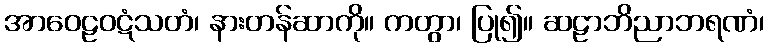
အာဝေဠဝဋံသတံ၊ နားတန်ဆာကို။ ကတွာ၊ ပြု၍။ ဆဠာဘိညာဘရဏံ၊